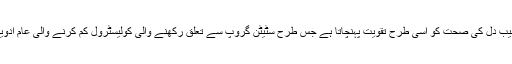
آکسفورڈ یونیورسٹی کی تحقیق میں کہا گیا ہے کہ سیب دل کی صحت کو اسی طرح تقویت پہنچاتا ہے جس طرح سٹیٹن گروپ سے تعلق رکھنے والی کولیسٹرول کم کرنے والی عام ادویات (ان ادویات میں لپی ٹور اور کرسٹور شامل ہیں)۔